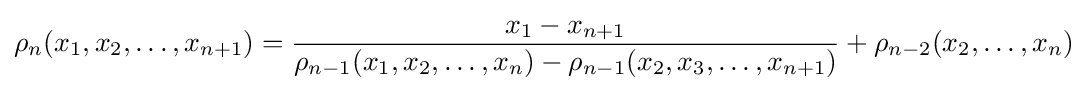
\rho _{n}(x_{1},x_{2},\ldots ,x_{n+1})={\frac {x_{1}-x_{n+1}}{\rho _{n-1}(x_{1},x_{2},\ldots ,x_{n})-\rho _{n-1}(x_{2},x_{3},\ldots ,x_{n+1})}}+\rho _{n-2}(x_{2},\ldots ,x_{n})